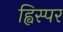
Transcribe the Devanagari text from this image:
ह्विस्पर